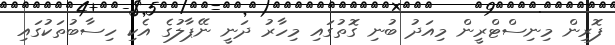
ފޮރިން މިނިސްޓްރީން މިއަދު ބުނި ގޮތުގައި މިހާރު ދަނީ ނޭޕާލުގެ އެކި ހިސާބުތަކުގައި